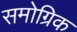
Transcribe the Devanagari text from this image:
समोग्रिक